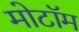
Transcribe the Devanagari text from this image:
मोटॉम